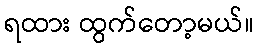
ရထား ထွက်တော့မယ်။